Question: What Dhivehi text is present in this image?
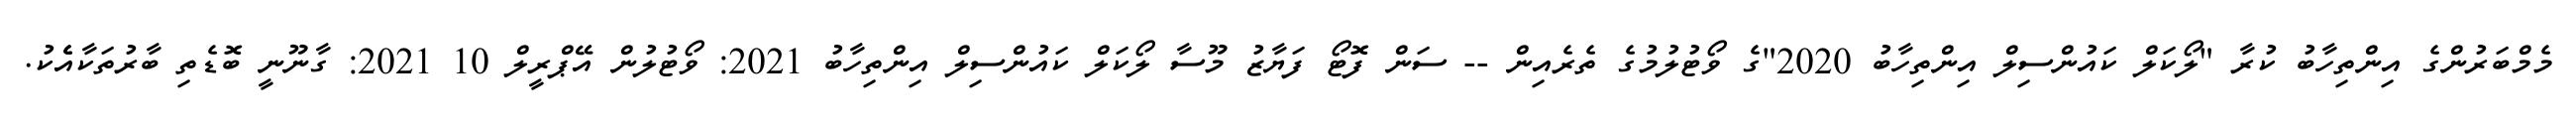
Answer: މެމްބަރުންގެ އިންތިހާބު ކުރާ "ލޯކަލް ކައުންސިލް އިންތިހާބު 2020"ގެ ވޯޓުލުމުގެ ތެރެއިން -- ސަން ފޮޓޯ ފަޔާޒު މޫސާ ލޯކަލް ކައުންސިލް އިންތިހާބު 2021: ވޯޓުލުން އޭޕްރީލް 10 2021: ގާނޫނީ ބޮޑެތި ބާރުތަކާއެެކު.